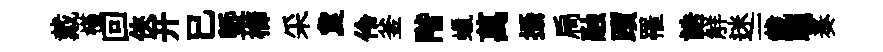
戴槿回俠开已塈櫛采夐伶釜階蠟萬攝扃融躓罹誥觧迷一載聴奏